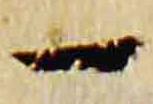
一